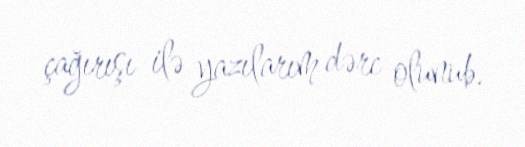
çağırışı ilə yazılarım dərc olunub.